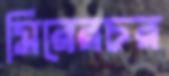
মিরেরচর